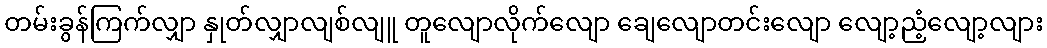
တမ်းခွန်ကြက်လျှာ နှုတ်လျှာလျစ်လျူ တူလျောလိုက်လျော ချေလျောတင်းလျော လျော့ညံ့လျော့လျား